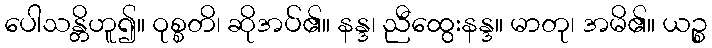
ပေါသန္တိဟူ၍။ ဝုစ္စတိ၊ ဆိုအပ်၏။ နန္ဒ၊ ညီထွေးနန္ဒ။ မာတု၊ အမိ၏။ ယဉ္စ